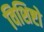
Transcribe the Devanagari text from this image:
विशिष्टो